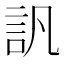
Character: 訉